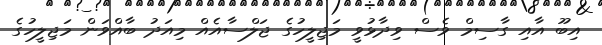
އިބޫ އާއި ގާސިމް ވެސް ވިދާޅުވީ މަޖިލީހުގެ ޖަލްސާއެއް މިއަދު ބާއްވަން މަޖިލީހުގެ